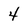
Character: 4